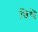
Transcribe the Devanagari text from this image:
विथे